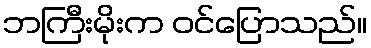
ဘကြီးမိုးက ဝင်ပြောသည်။